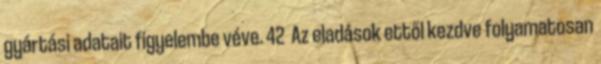
gyártási adatait figyelembe véve. 42 Az eladások ettől kezdve folyamatosan